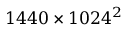
1 4 4 0 \times 1 0 2 4 ^ { 2 }